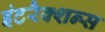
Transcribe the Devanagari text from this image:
इंटरैक्शन्स